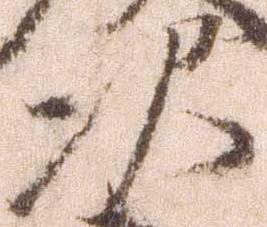
次